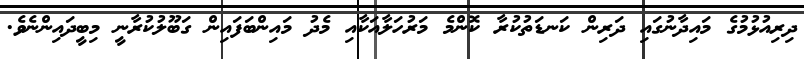
ދިރިއުޅުމުގެ މައިދާނުގައި ދަރިން ކަނޑަތުކުރާ ކޮންމެ މަރުހަލާއަކާއި މެދު މައިންބަފައިން ގަބޫލުކުރާނީ މިބީދައިންނެވެ.